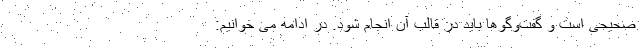
صحیحی است و گفت‌وگوها باید در قالب آن انجام شود. در ادامه می خوانیم: